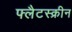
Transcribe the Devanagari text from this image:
फ्लैटस्क्रीन